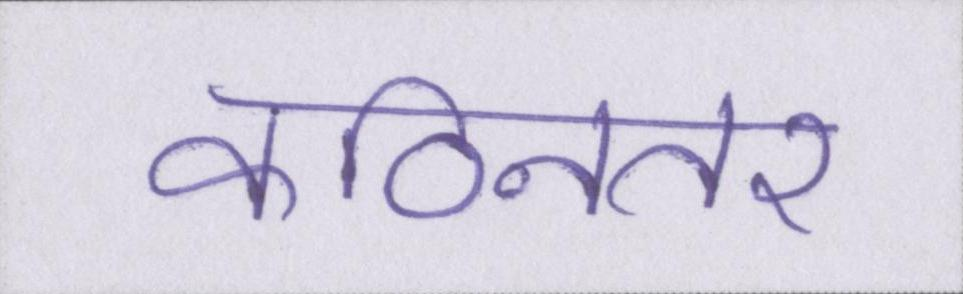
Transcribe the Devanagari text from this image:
कठिनतर